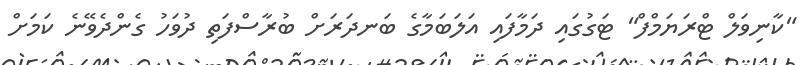
"ކާނިވަލް ޓްރަޔަމްފް" ޓަގުގައި ދަމާފައި އަލަބަމާގެ ބަނދަރަށް ބުރާސްފަތި ދުވަހު ގެންދެވޭނެ ކަމަށް